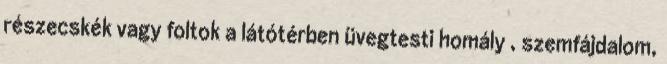
részecskék vagy foltok a látótérben üvegtesti homály , szemfájdalom,